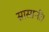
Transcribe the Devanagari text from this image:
सासानी।